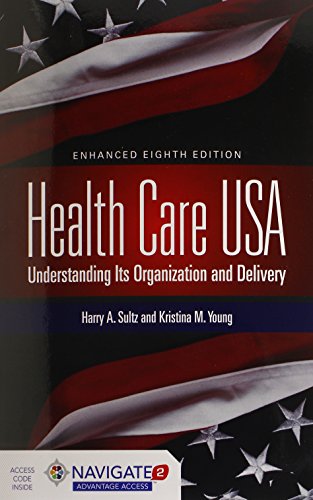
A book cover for Health Care USA: Understanding Its Organization and Delivery; Harry A. Sultz; Medical Books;